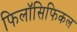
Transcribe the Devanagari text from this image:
फिलॉसिफिकल